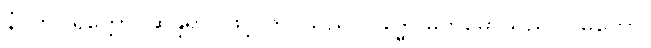
နံ၊ ကို။ ရတ္တော၊ ဆန္ဒရာဂဖြင့် တပ်သည်။ ဂိဒ္ဓေါ၊ မက်မောသည်။ ဂဓိတော၊